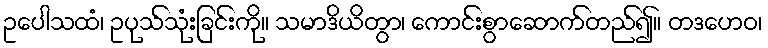
ဥပေါသထံ၊ ဥပုသ်သုံးခြင်းကို။ သမာဒိယိတွာ၊ ကောင်းစွာဆောက်တည်၍။ တဒဟေဝ၊